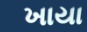
ખાયા